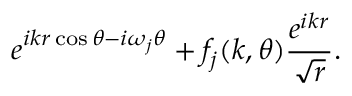
e ^ { i k r \cos \theta - i \omega _ { j } \theta } + f _ { j } ( k , \theta ) \frac { e ^ { i k r } } { \sqrt { r } } .